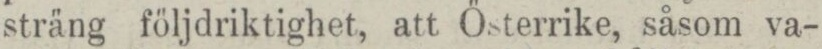
sträng följdriktighet, att Österrike, såsom va-